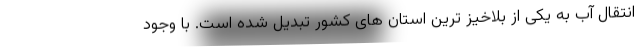
انتقال آب به یکی از بلاخیز ترین استان های کشور تبدیل شده است. با وجود